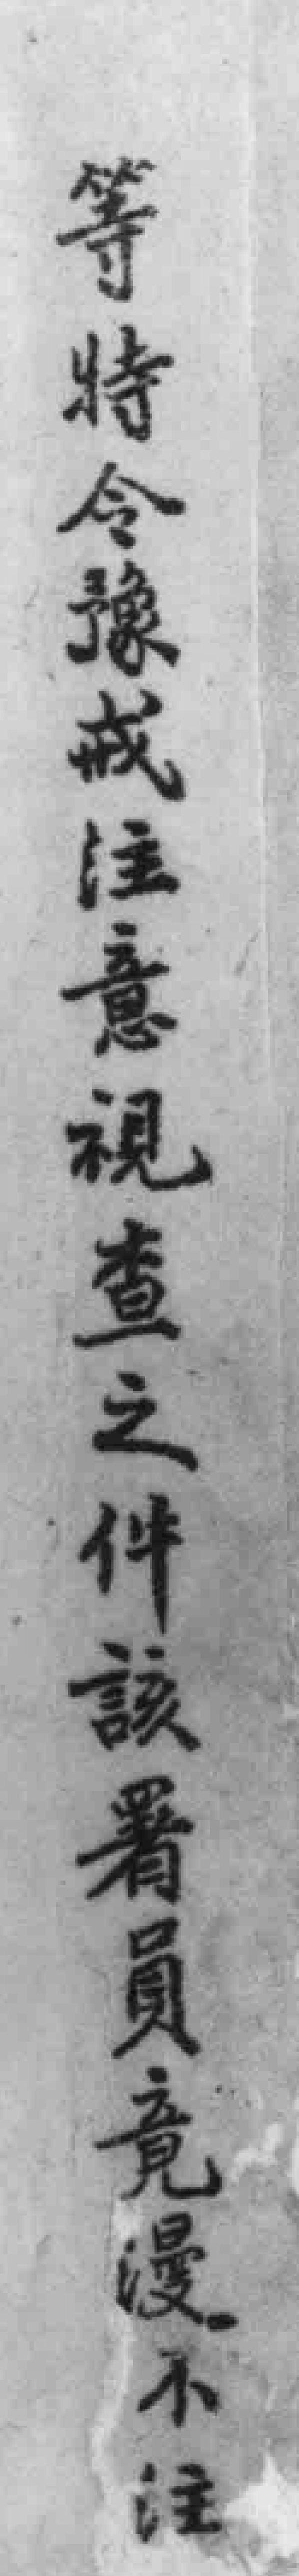
等特令豫戒註意視查之件該署員竟漫不注